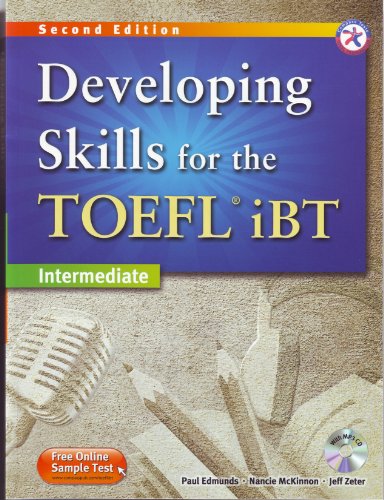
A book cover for Developing Skills for the TOEFL iBT, 2nd Edition Advanced Combined Book & MP3 CD; Paul Edmunds; Test Preparation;